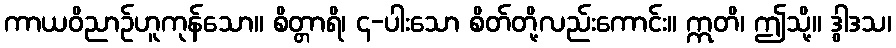
ကာယဝိညာဉ်ဟူကုန်သော။ စိတ္တာရိ၊ ၄-ပါးသော စိတ်တို့လည်းကောင်း။ ဣတိ၊ ဤသို့။ ဒွါဒသ၊